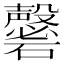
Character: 𥗚